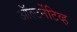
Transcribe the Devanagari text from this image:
ऑल्टर्नेटिव्ह